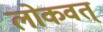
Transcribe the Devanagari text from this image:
लोकवत्